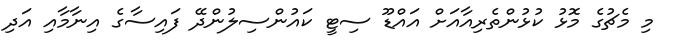
މި މެޗުގެ މޮޅު ކުޅުންތެރިއާއަށް އައްޑޫ ސިޓީ ކައުންސިލުންދޭ ފައިސާގެ އިނާމާއި އަދި